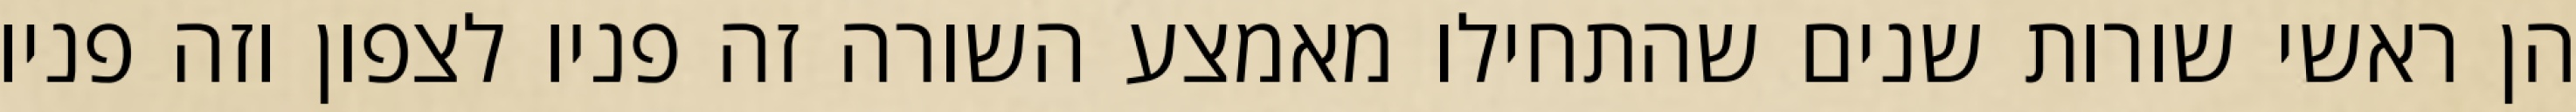
הן ראשי שורות שנים שהתחילו מאמצע השורה זה פניו לצפון וזה פניו